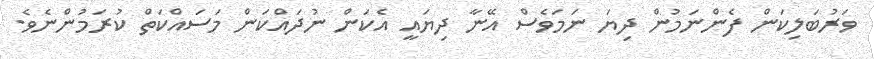
ވަރުބަލިކަން ފެންނަމުން ދިޔަ ނަމަވެސް އޭނާ ދިޔައީ އެކަން ނުދައްކަން މަސައްކަތް ކުރަމުންނެވެ.